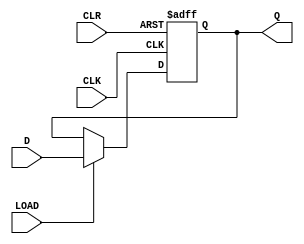
module sequential_load_dff (
    input wire D,
    input wire CLK,
    input wire CLR,
    input wire LOAD,
    output reg Q
);

// Sequential logic block synchronous load D flip-flop
    always @(posedge CLK, posedge CLR)
    if (CLR)
        Q <= 1'b0;
    else if (LOAD)
        Q <= D;

endmodule